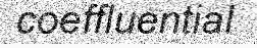
coeffluential